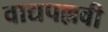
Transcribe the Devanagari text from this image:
वाद्यपल्लवी